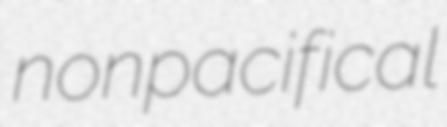
nonpacifical